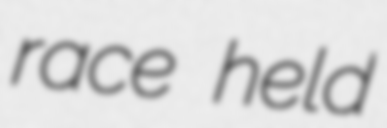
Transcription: race held